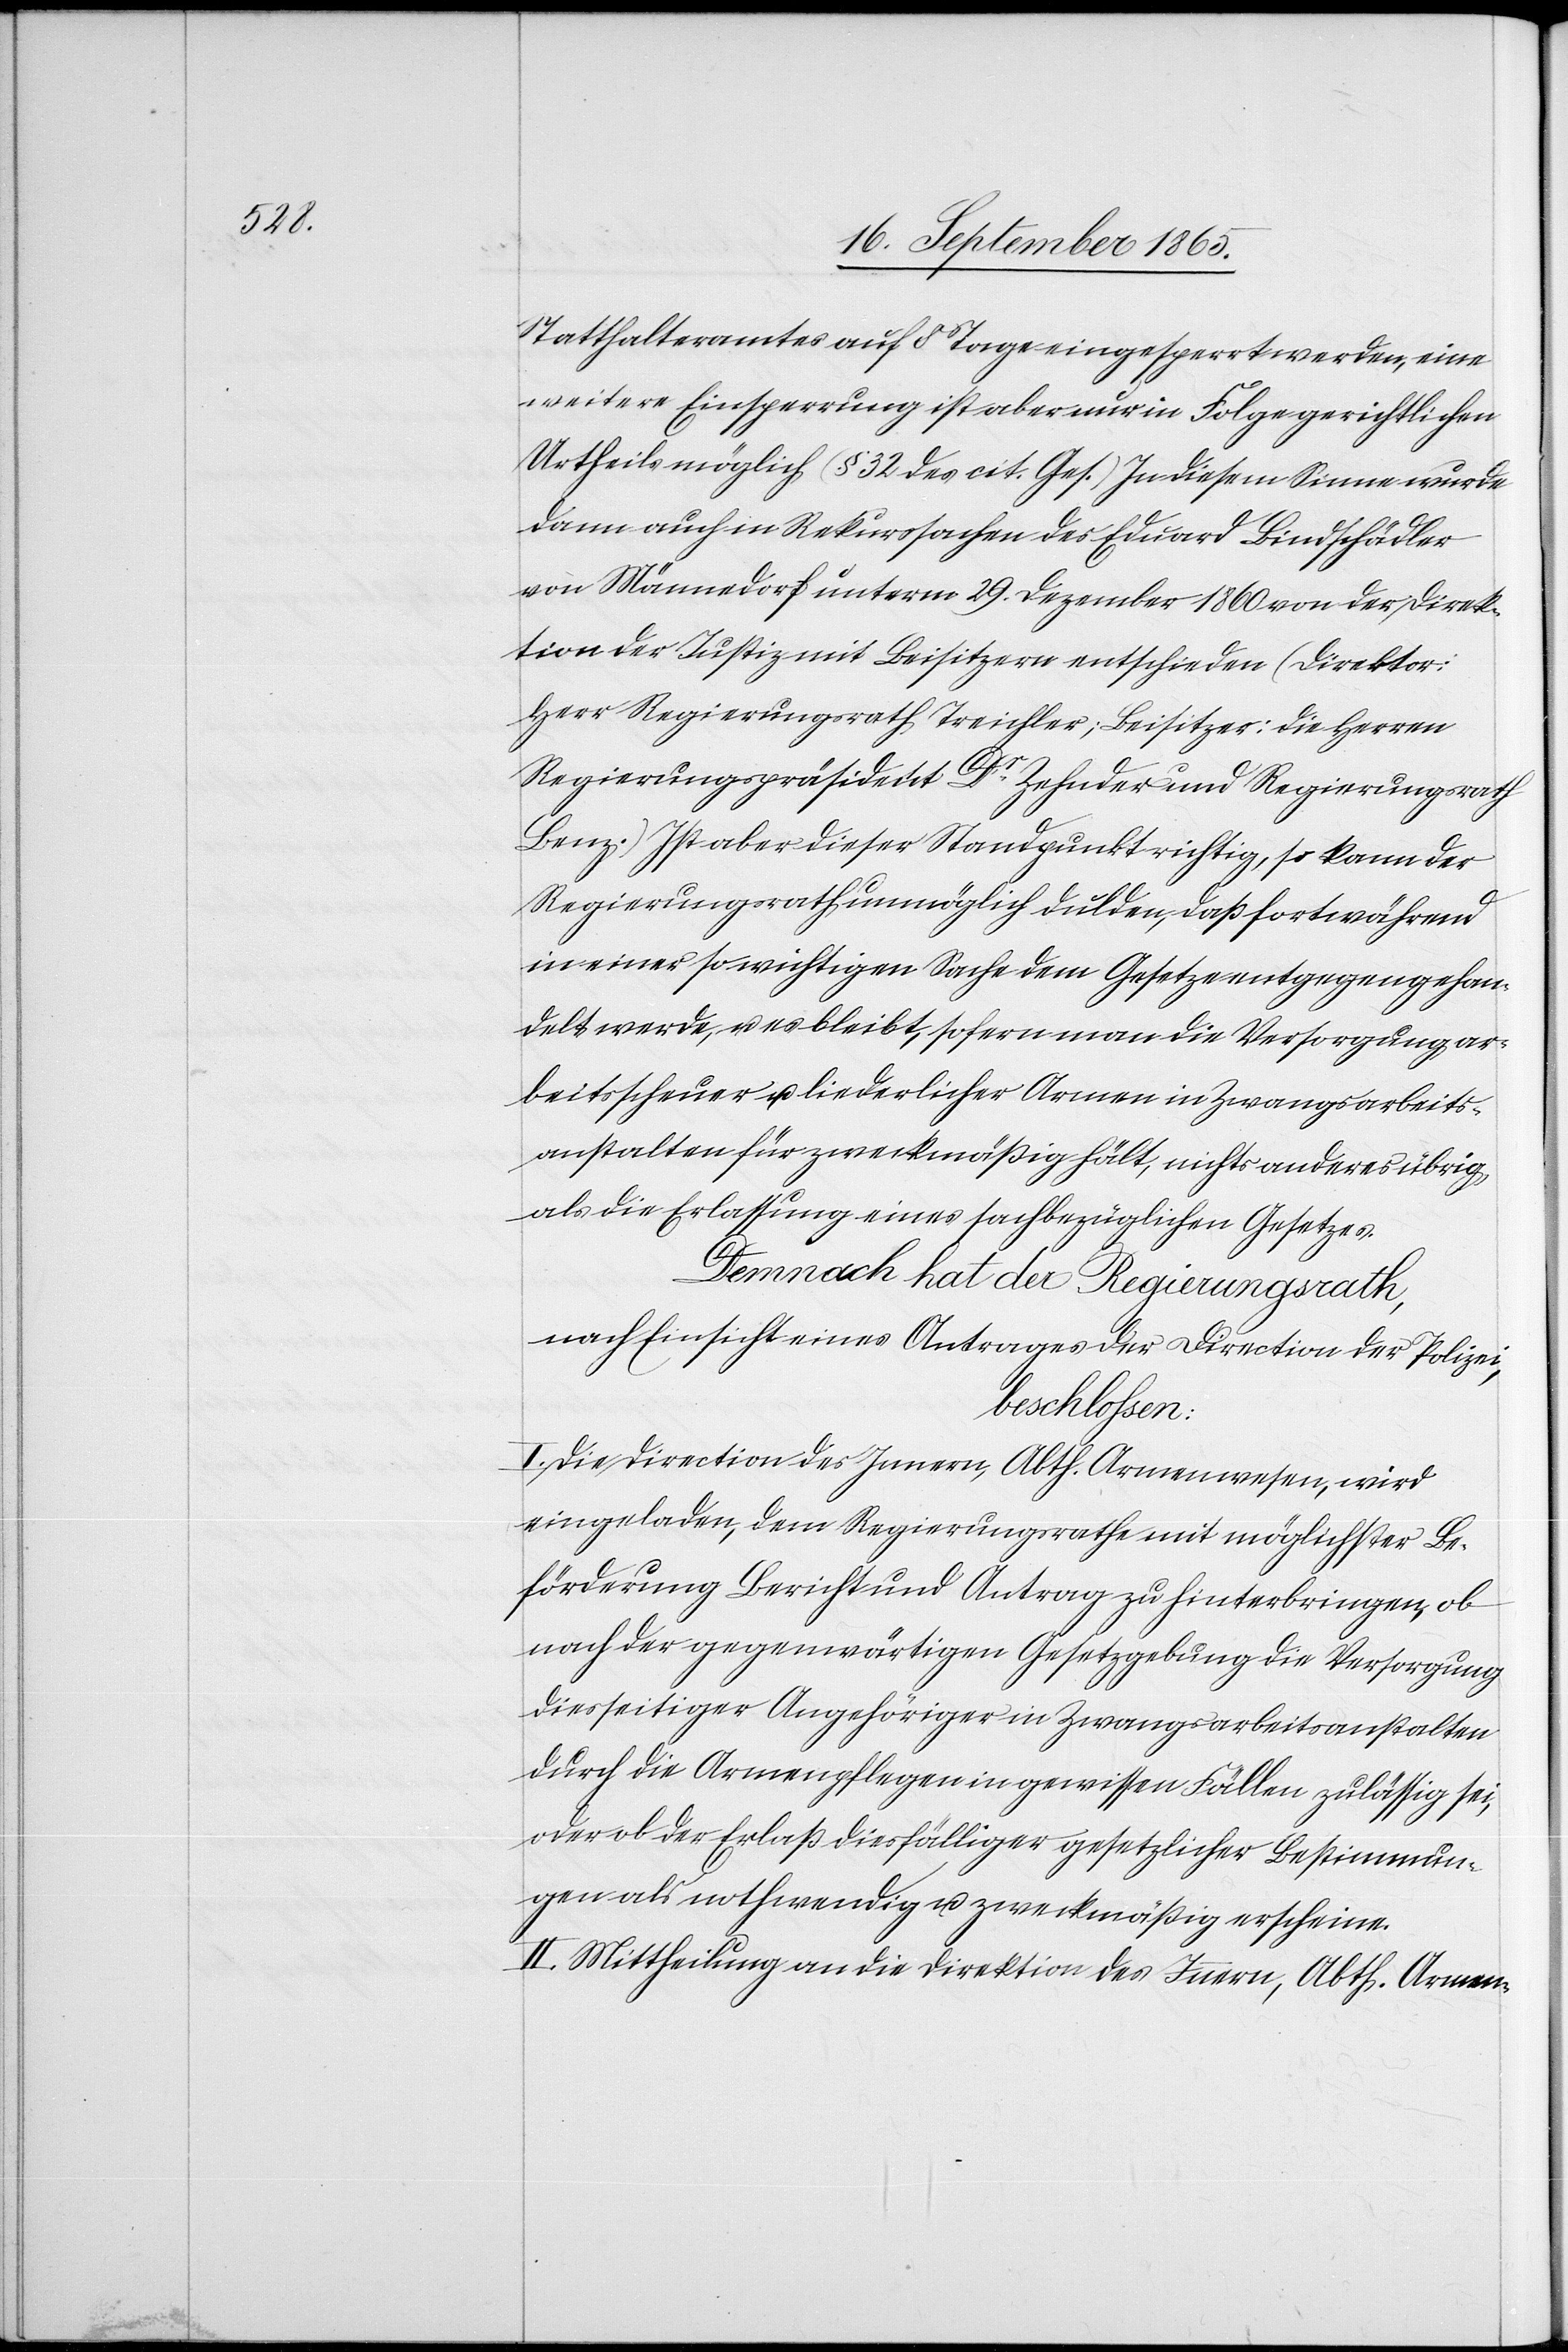
Statthalteramtes auf 8 Tage eingesperrt werden, eine
weitere Einsperrung ist aber nur in Folge gerichtlichen
Urtheils möglich (§ 32 des cit. Gesuch.) In diesem Sinne wurde
dann auch in Rekurssachen des Eduard Bindschädler
von Männedorf unterm 29. Dezember 1860 von der Direk¬
tion der Justiz mit Beisitzern entschieden (Direktor:
Herr Regierungsrath Treichler; Beisitzer: die Herren
Regierungspräsident Dr Zehnder und Regierungsrath
Benz.) Ist aber dieser Standpunkt richtig, so kann der
Regierungsrath unmöglich dulden, daß fortwährend
in einer so wichtigen Sache dem Gesetze entgegen gehan¬
delt werde, u. es bleibt, sofern man die Versorgung ar¬
beitsscheuer u. liederlicher Armen in Zwangsarbeits¬
anstalten für zweckmäßig hält, nichts anderes übrig
als die Erlassung eines sachbezügliche Gesetzes.
Demnach hat der Regierungsrath,
nach Einsicht eines Antrages der Direction der Polizei,
beschlossen:
I. Die Direction des Innern, Abth. Armenwesen, wird
eingeladen, dem Regierungsrathe mit möglichster Be¬
förderung Bericht und Antrag zu hinterbringen, ob
nach der gegenwärtigen Gesetzgebung die Versorgung
diesseitiger Angehöriger in Zwangsarbeitsanstalten
durch die Armenpflegen in gewissen Fällen zulässig sei,
oder ob der Erlaß diesfälliger gesetzlicher Bestimmun¬
gen als nothwendig u. zweckmäßig erscheine.
II. Mittheilung an die Direktion des Innern, Abth. Armen-